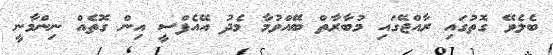
ބެލެވޭ ގޮތުގައި ރާއްޖޭގައި މުބާރާތް ބޭއްވުމާ މެދު އޭއެފްސީ އިން ގޮތެއް ނިންމާނީ